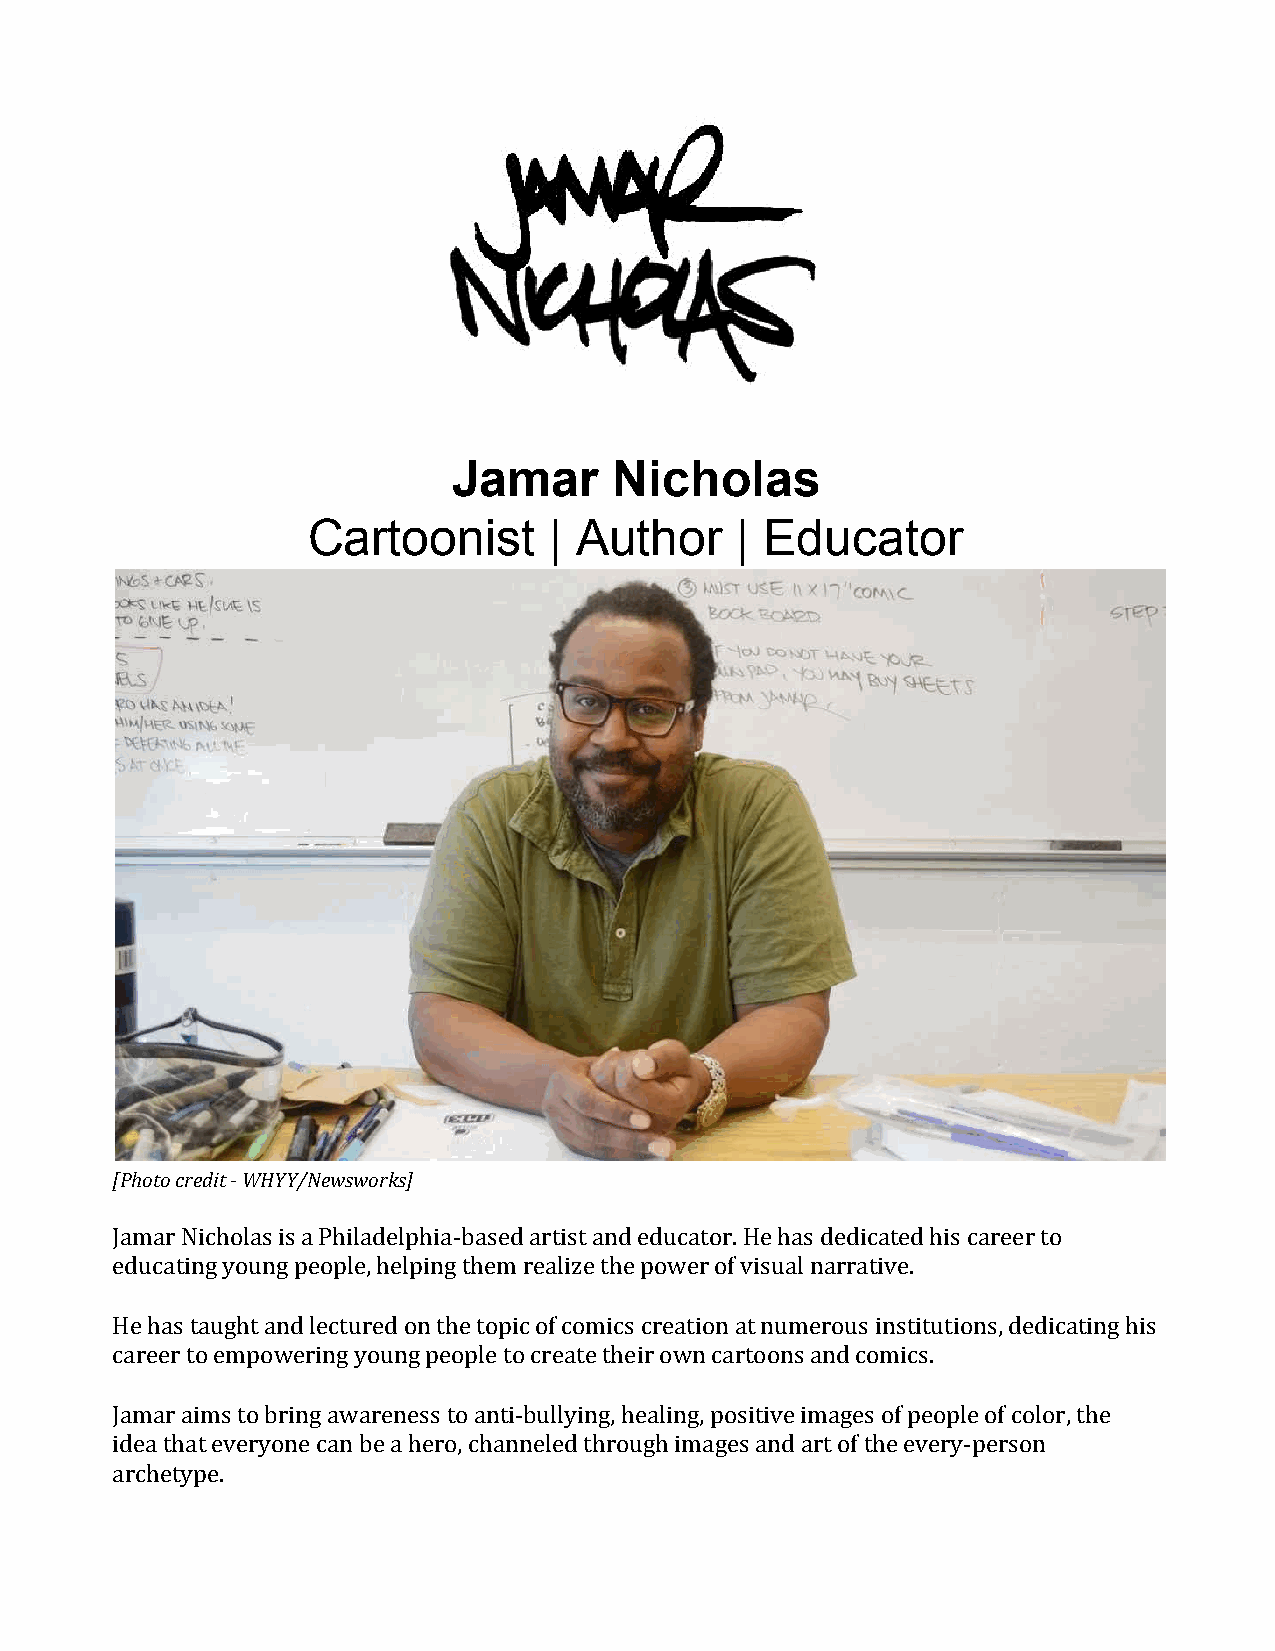
Jamar      Nicholas
 Cartoonist      | Author     | Educator
 [Photo credit - WHYY/Newsworks]
 Jamar Nicholas is a Philadelphia-based artist and educator. He has dedicated his career to
 educating young people, helping them realize the power of visual narrative.
 He has taught and lectured on the topic of comics creation at numerous institutions, dedicating his
 career to empowering young people to create their own cartoons and comics.
 Jamar aims to bring awareness to anti-bullying, healing, positive images of people of color, the
 idea that everyone can be a hero, channeled through images and art of the every-person
 archetype.